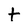
Character: t